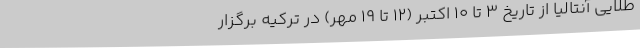
طلایی آنتالیا از تاریخ 3 تا 10 اکتبر (12 تا 19 مهر) در ترکیه برگزار